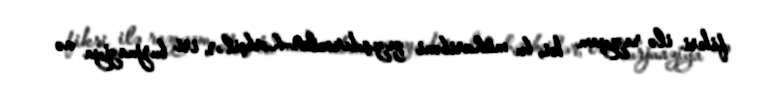
fikri ilə razıyam ki, bu müharibəni qızışdıranlar–hərbçilər, iri burjuaziya və